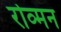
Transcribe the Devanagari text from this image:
रोव्मन